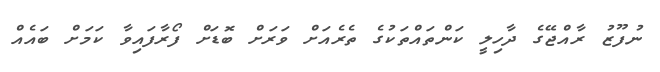
ނުފޫޒު ރާއްޖޭގެ ދާހިލީ ކަންތައްތަކުގެ ތެރެއަށް ވަރަށް ބޮޑަށް ފޯރާފައިވާ ކަމަށް ބައެއް